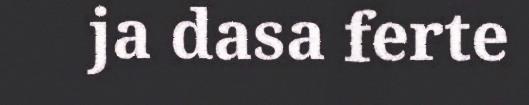
ja dasa ferte